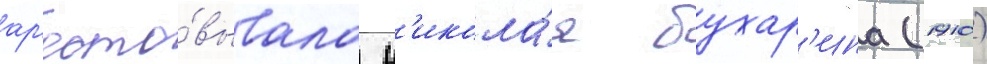
ар'есто́вывала н'икола́я бухар'ина (1910)